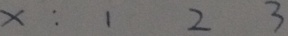
x : 1 2 3